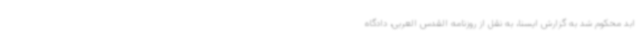
ابد محکوم شد به گزارش ایسنا، به نقل از روزنامه القدس العربی، دادگاه